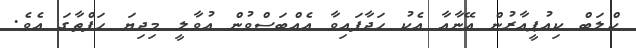
ކްލަބް ކިއުޕީއާރުން އޭނާއާ އެކު ހަދާފައިވާ އެއްބަސްވުން އުވާލީ މިދިޔަ ހަފްތާގަ އެވެ.